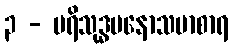
၃ - ပရိသုဒ္ဓမနောသမာစာရ